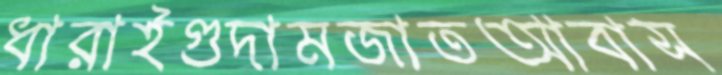
ধারাইগুদামজাতআবাস